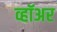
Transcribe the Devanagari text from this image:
व्हॉअर